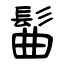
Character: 髷